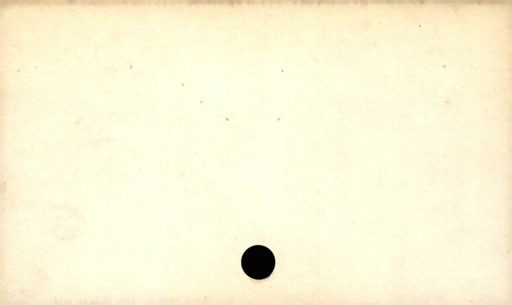
Label: blank